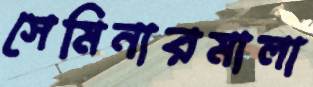
সেমিনারমালা